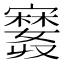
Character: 𪧲